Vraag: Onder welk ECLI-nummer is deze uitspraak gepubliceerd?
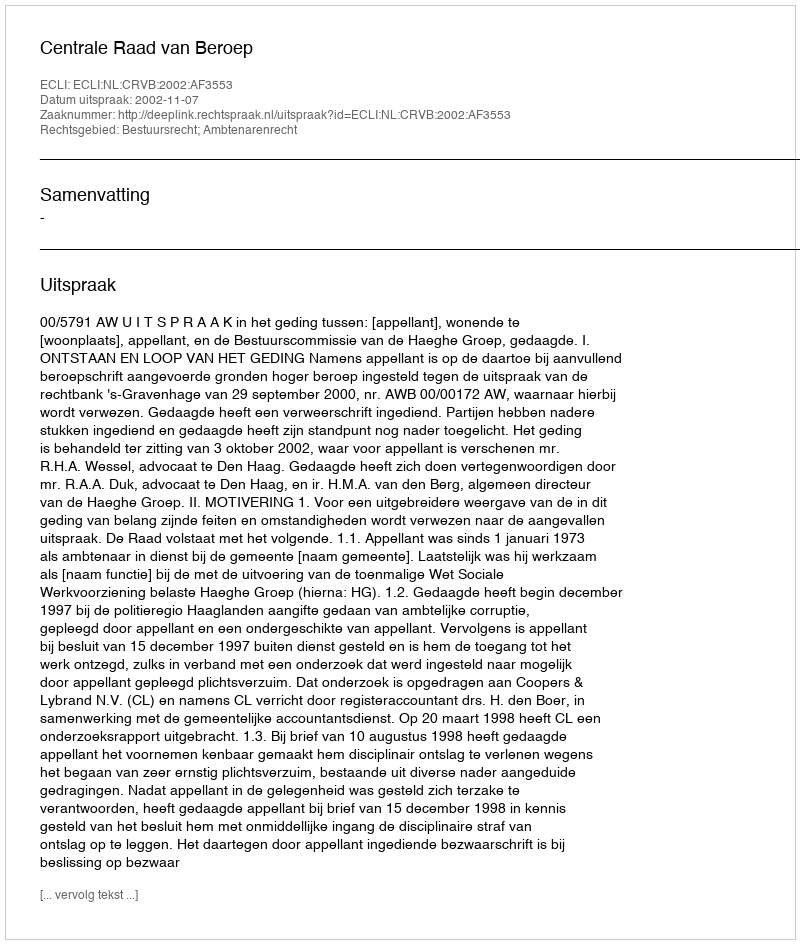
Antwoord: ECLI:NL:CRVB:2002:AF3553